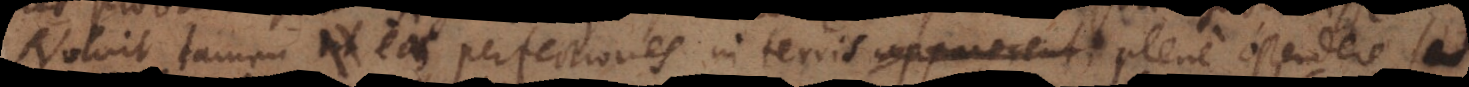
Noluit tamen eas perfectiones in terris apparerent plene ostendere, sed